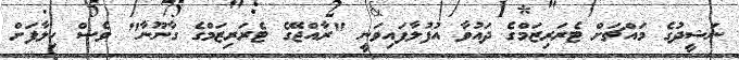
ނަޝީދުގެ މައްޗަށް ޓެރަރިޒަމްގެ ދައުވާ އުފުލާފައިވަނީ "ރާއްޖޭގެ ޓެރަރިޒަމްގެ ގާނޫނާ" ވެސް ހިލާފަށް